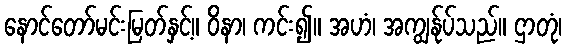
နောင်တော်မင်းမြတ်နှင့်။ ဝိနာ၊ ကင်း၍။ အဟံ၊ အကျွန်ုပ်သည်။ ဌာတုံ၊